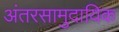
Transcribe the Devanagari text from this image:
अंतरसामुदायिक